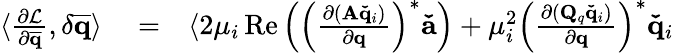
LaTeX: \begin{array}{rlr}{\langle\frac{\partial\mathcal{L}}{\partial\mathbf{\overline{{q}}}},\delta\mathbf{\overline{{q}}}\rangle}&{{}=}&{\langle 2\mu_{i}\operatorname{Re}\left(\left(\frac{\partial(\mathbf{A}\mathbf{\check{q}}_{i})}{\partial\mathbf{q}}\right)^{*}\mathbf{\check{a}}\right)+\mu_{i}^{2}\left(\frac{\partial(\mathbf{Q}_{q}\mathbf{\check{q}}_{i})}{\partial\mathbf{q}}\right)^{*}\mathbf{\check{q}}_{i}}\end{array}